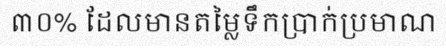
៣០% ដែលមានតម្លៃទឹកប្រាក់ប្រមាណ